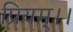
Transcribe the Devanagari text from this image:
प्रियम्।।